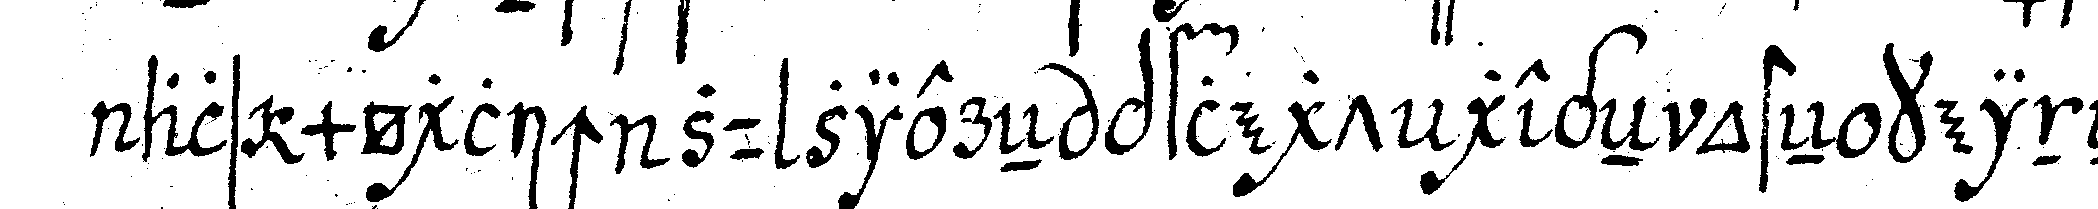
als möglich zu ziereN pflegt gegeN osteN keineN